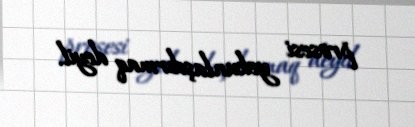
prosesi yekunlaşdırmaq deyil.